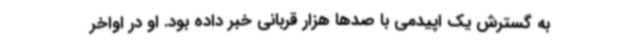
به گسترش یک اپیدمی با صدها هزار قربانی خبر داده بود. او در اواخر